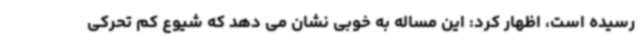
رسیده است، اظهار کرد: این مساله به خوبی نشان می دهد که شیوع کم تحرکی